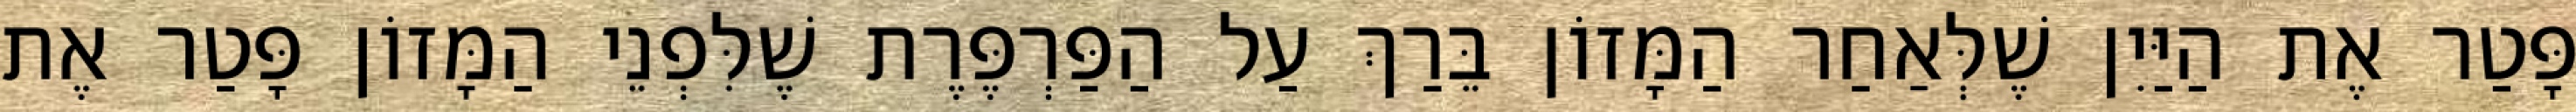
פָּטַר אֶת הַיַּיִן שֶׁלְּאַחַר הַמָּזוֹן בֵּרַךְ עַל הַפַּרְפֶּרֶת שֶׁלִּפְנֵי הַמָּזוֹן פָּטַר אֶת